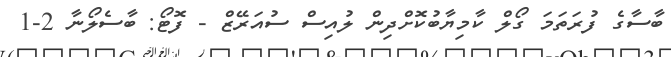
ބާސާގެ ފުރަތަމަ ގޯލް ކާމިޔާބުކޮށްދިން ލުއިސް ސުއަރޭޒް - ފޮޓޯ: ބާސެލޯނާ 2-1